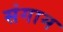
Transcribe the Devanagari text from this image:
संगाम